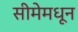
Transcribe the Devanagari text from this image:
सीमेमधून